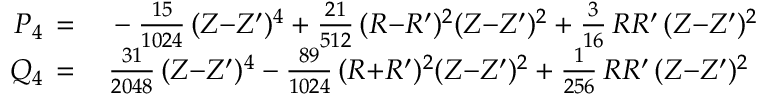
\begin{array} { r l } { P _ { 4 } \, = \, } & { { } - \frac { 1 5 } { 1 0 2 4 } \, ( Z { - } Z ^ { \prime } ) ^ { 4 } + \frac { 2 1 } { 5 1 2 } \, ( R { - } R ^ { \prime } ) ^ { 2 } ( Z { - } Z ^ { \prime } ) ^ { 2 } + \frac { 3 } { 1 6 } \, R R ^ { \prime } \, ( Z { - } Z ^ { \prime } ) ^ { 2 } } \\ { Q _ { 4 } \, = \, } & { { } \frac { 3 1 } { 2 0 4 8 } \, ( Z { - } Z ^ { \prime } ) ^ { 4 } - \frac { 8 9 } { 1 0 2 4 } \, ( R { + } R ^ { \prime } ) ^ { 2 } ( Z { - } Z ^ { \prime } ) ^ { 2 } + \frac { 1 } { 2 5 6 } \, R R ^ { \prime } \, ( Z { - } Z ^ { \prime } ) ^ { 2 } } \end{array}